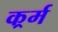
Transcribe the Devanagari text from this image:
कर्र्म